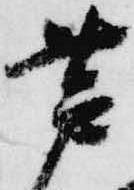
芦